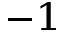
^ { - 1 }